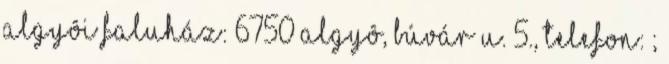
Algyôi Faluház: 6750 Algyô, Búvár u. 5., Telefon: ;